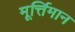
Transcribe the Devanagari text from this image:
मूर्त्तिमान